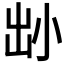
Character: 𡭧